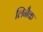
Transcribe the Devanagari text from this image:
लिनैक